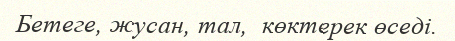
Бетеге, жусан, тал,  көктерек өседі.